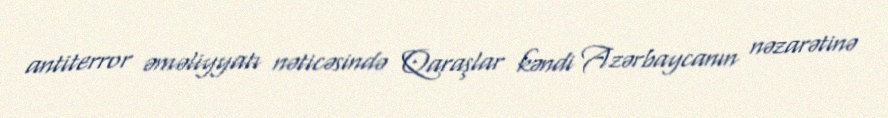
antiterror əməliyyatı nəticəsində Qaraşlar kəndi Azərbaycanın nəzarətinə